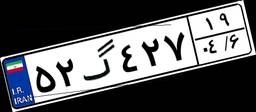
۵۲گ۴۲۷۱۹